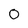
Character: 0